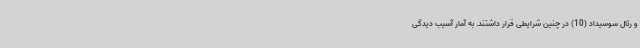
و رئال سوسیداد (10) در چنین شرایطی قرار داشتند. به آمار آسیب دیدگی